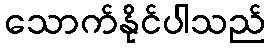
သောက်နိုင်ပါသည်